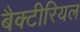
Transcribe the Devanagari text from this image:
बैक्‍टीरियल